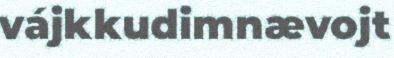
vájkkudimnævojt